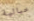
خيالية